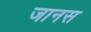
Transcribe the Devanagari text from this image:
जानस